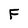
Character: F